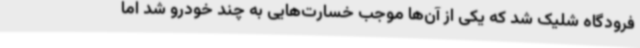
فرودگاه شلیک شد که یکی از آن‌ها موجب خسارت‌هایی به چند خودرو شد اما